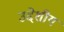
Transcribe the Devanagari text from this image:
उद्देशीय